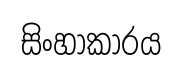
සිංහාකාරය